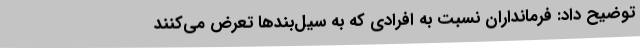
توضیح داد: فرمانداران نسبت به افرادی که به سیل‌بندها تعرض می‌کنند